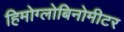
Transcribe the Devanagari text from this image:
हिमोग्लोबिनोमीटर